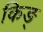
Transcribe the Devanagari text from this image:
किङ्